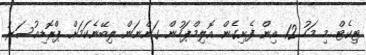
ޓިކެޓް މި މަހު 12 އިން ފެށިގެން އޮލިމްޕަހުން ގަންނަން ލިބޭނެކަމަށް ޕްރޮޑިއުސަރު